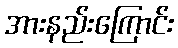
အားနည်းကြောင်း